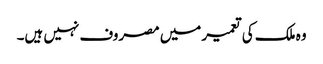
وہ ملک کی تعمیر میں مصروف نہیں ہیں۔